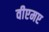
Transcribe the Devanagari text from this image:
वीएमए